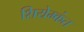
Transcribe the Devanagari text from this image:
शियेम्कंत